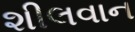
શીલવાન